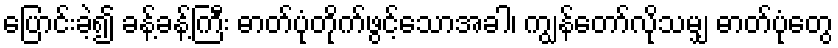
ပြောင်းခဲ့၍ ခန့်ခန့်ကြီး ဓာတ်ပုံတိုက်ဖွင့်သောအခါ၊ ကျွန်တော်လိုသမျှ ဓာတ်ပုံတွေ